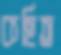
কহিত